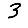
Digit: 3